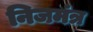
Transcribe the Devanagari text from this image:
निजमंत्र